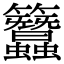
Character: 𥸢